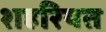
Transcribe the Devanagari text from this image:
शहरियत